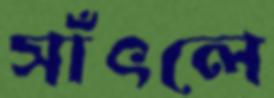
সাঁৎলে